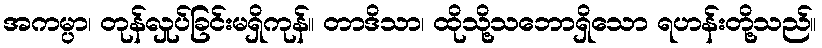
အကမ္ပာ၊ တုန်လှုပ်ခြင်းမရှိကုန်။ တာဒိသာ၊ ထိုသို့သဘောရှိသော ရဟန်းတို့သည်။